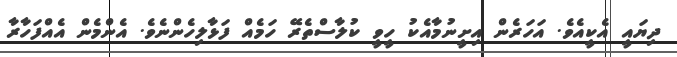
ދިޔައީ އެކީއެވެ. އަހަރެން އިށީނުމާއެކު ހީވީ ކުލާސްތެރޭ ހަމެއް ފަޅާލިހެންނެވެ. އެންމެން އެއްފަހާރާ